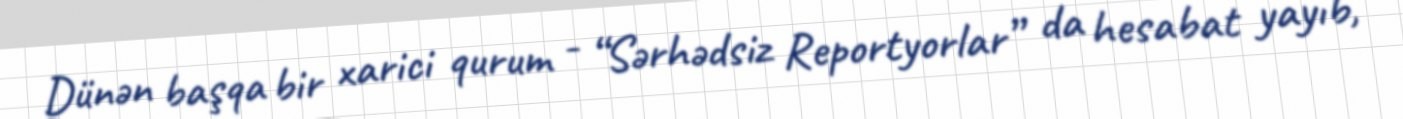
Dünən başqa bir xarici qurum - “Sərhədsiz Reportyorlar” da hesabat yayıb,